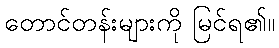
တောင်တန်းများကို မြင်ရ၏။